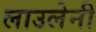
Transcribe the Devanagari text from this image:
लाउलेनी